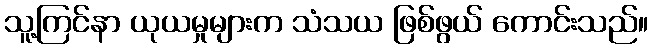
သူ့ကြင်နာ ယုယမှုများက သံသယ ဖြစ်ဖွယ် ကောင်းသည်။